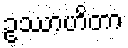
ဥဿာဟိတာ